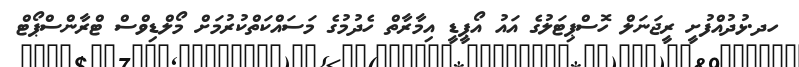
ހދ.ޅުދުއްފުށީ ރީޖަނަލް ހޮސްޕިޓަލުގެ އައު އޯޕީޑީ އިމާރާތް ހެދުމުގެ މަސައްކަތްކުރުމަށް މޯލްޑިވްސް ޓްރާންސްޕޯޓް